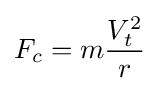
F_{c}=m{\frac {V_{t}^{2}}{r}}